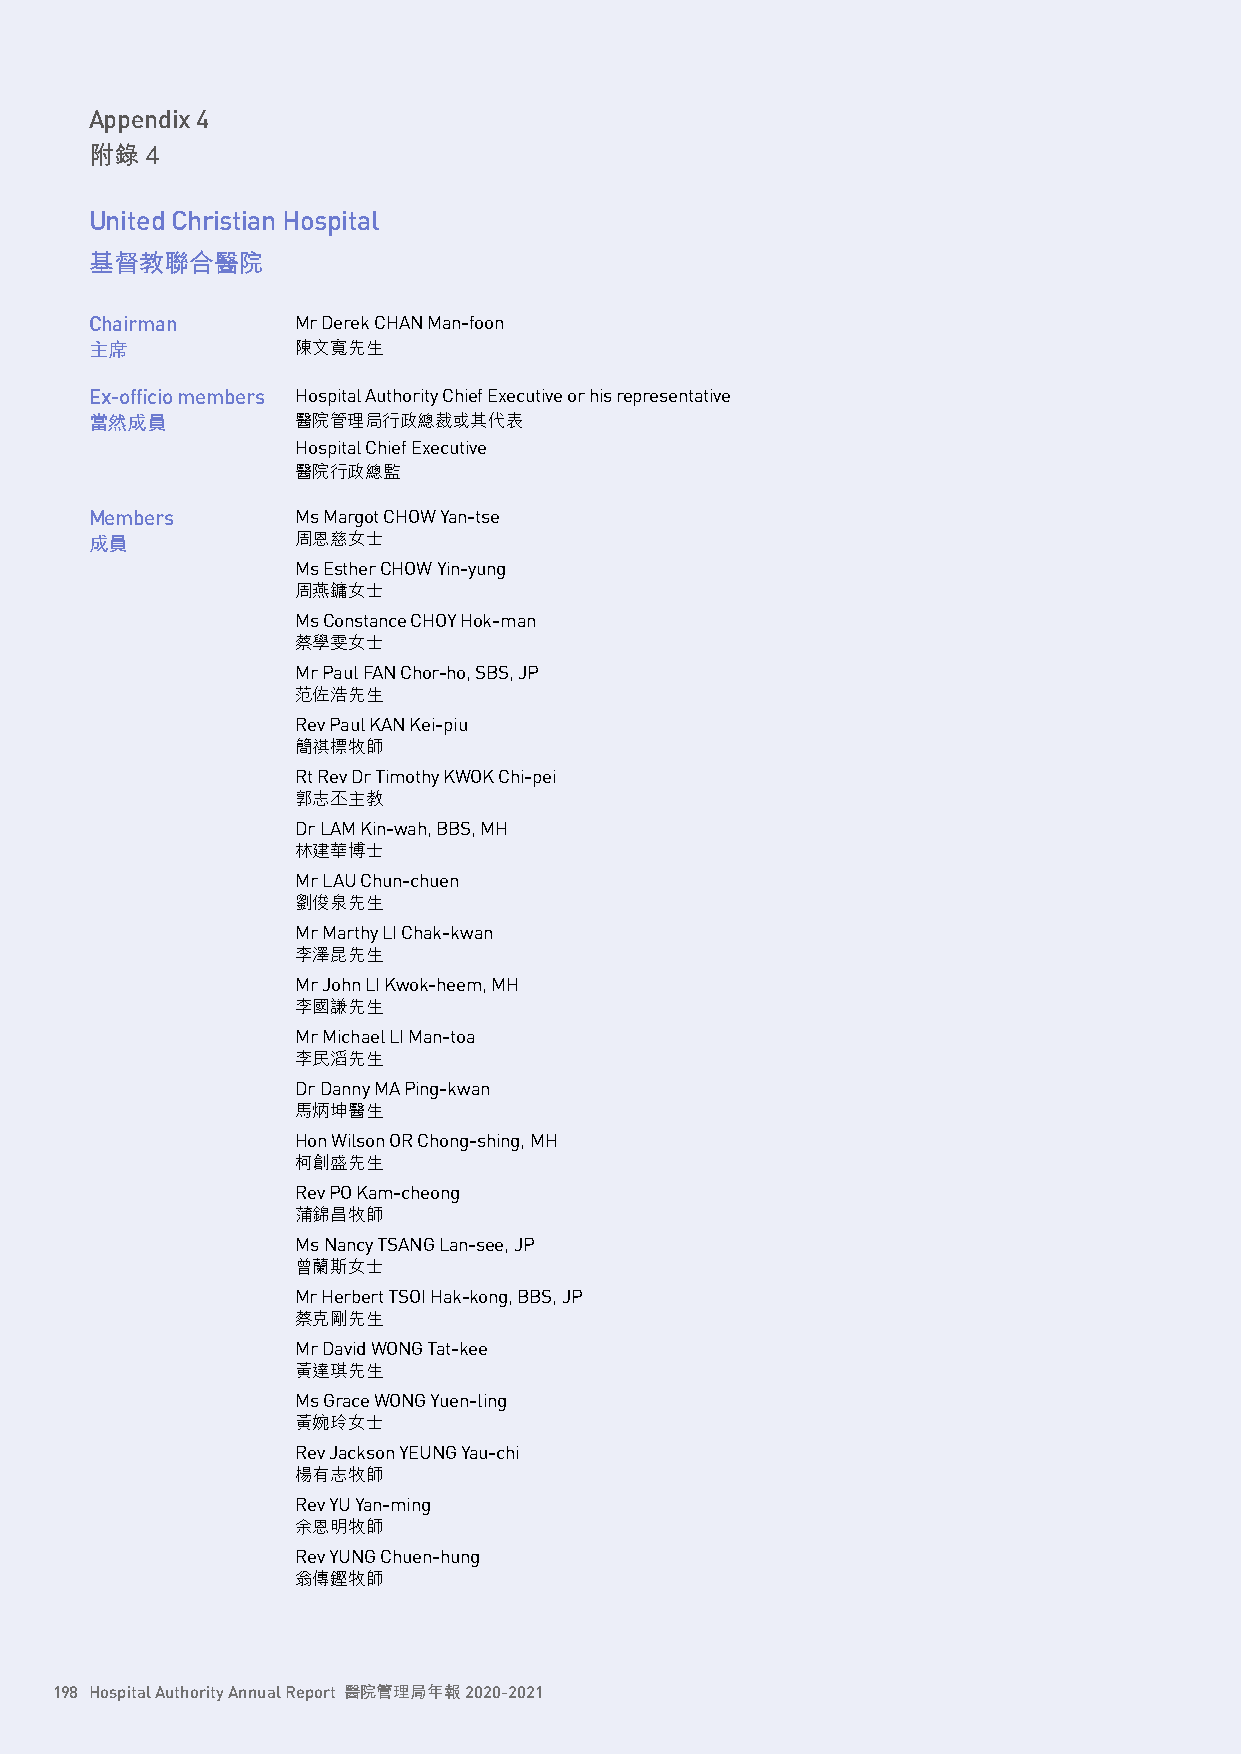
Appendix 4
 附錄  4
 United Christian Hospital
 基督教聯合醫院
 Chairman      Mr Derek CHAN Man-foon
 主席            陳文寬先生
 Ex-officio members Hospital Authority Chief Executive or his representative
 當然成員          醫院管理局行政總裁或其代表
 Hospital Chief Executive
 醫院行政總監
 Members       Ms Margot CHOW Yan-tse
 成員            周恩慈女士
 Ms Esther CHOW Yin-yung
 周燕鏞女士
 Ms Constance CHOY Hok-man
 蔡學雯女士
 Mr Paul FAN Chor-ho, SBS, JP
 范佐浩先生
 Rev Paul KAN Kei-piu
 簡祺標牧師
 Rt Rev Dr Timothy KWOK Chi-pei
 郭志丕主教
 Dr LAM Kin-wah, BBS, MH
 林建華博士
 Mr LAU Chun-chuen
 劉俊泉先生
 Mr Marthy LI Chak-kwan
 李澤昆先生
 Mr John LI Kwok-heem, MH
 李國謙先生
 Mr Michael LI Man-toa
 李民滔先生
 Dr Danny MA Ping-kwan
 馬炳坤醫生
 Hon Wilson OR Chong-shing, MH
 柯創盛先生
 Rev PO Kam-cheong
 蒲錦昌牧師
 Ms Nancy TSANG Lan-see, JP
 曾蘭斯女士
 Mr Herbert TSOI Hak-kong, BBS, JP
 蔡克剛先生
 Mr David WONG Tat-kee
 黃達琪先生
 Ms Grace WONG Yuen-ling
 黃婉玲女士
 Rev Jackson YEUNG Yau-chi
 楊有志牧師
 Rev YU Yan-ming
 余恩明牧師
 Rev YUNG Chuen-hung
 翁傳鏗牧師
 198 Hospital Authority Annual Report 醫院管理局年報 2020-2021